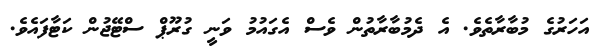
އަހަރުގެ މުބާރާތެވެ. އެ ދެމުބާރާތުން ވެސް އެގައުމު ވަނީ ގުރޫޕް ސްޓޭޖުން ކަޓާފައެވެ.